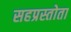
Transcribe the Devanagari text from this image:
सहप्रस्तोता